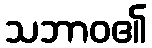
သဘာဝ၏